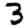
Digit: 3